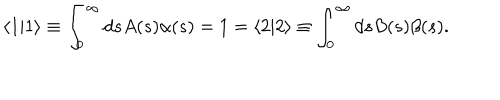
\langle 1 | 1 \rangle \equiv \int _ { 0 } ^ { \infty } d s A ( s ) \alpha ( s ) = 1 = \langle 2 | 2 \rangle \equiv \int _ { 0 } ^ { \infty } d s B ( s ) \beta ( s ) .